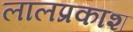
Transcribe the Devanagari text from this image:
लालप्रकाश